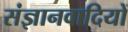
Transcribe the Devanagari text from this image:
संज्ञानवादियों